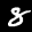
Label: 8